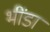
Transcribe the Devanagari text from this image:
भींडा